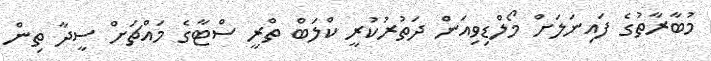
މުބާރާތުގެ ފައިނަލަށް މޯލްޑިވިއަން ދަތުރުކުރީ ކްލަބް ތްރީ ސްޓާގެ މައްޗަށް ސީދާ ތިން